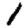
Digit: 1